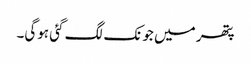
پتھر میں جونک لگ گئی ہوگی۔